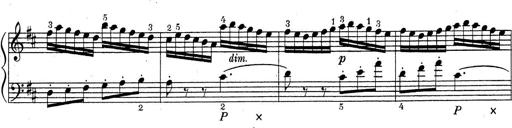
Title: ÄŒeskÃ© Sonatiny
Composer: Various